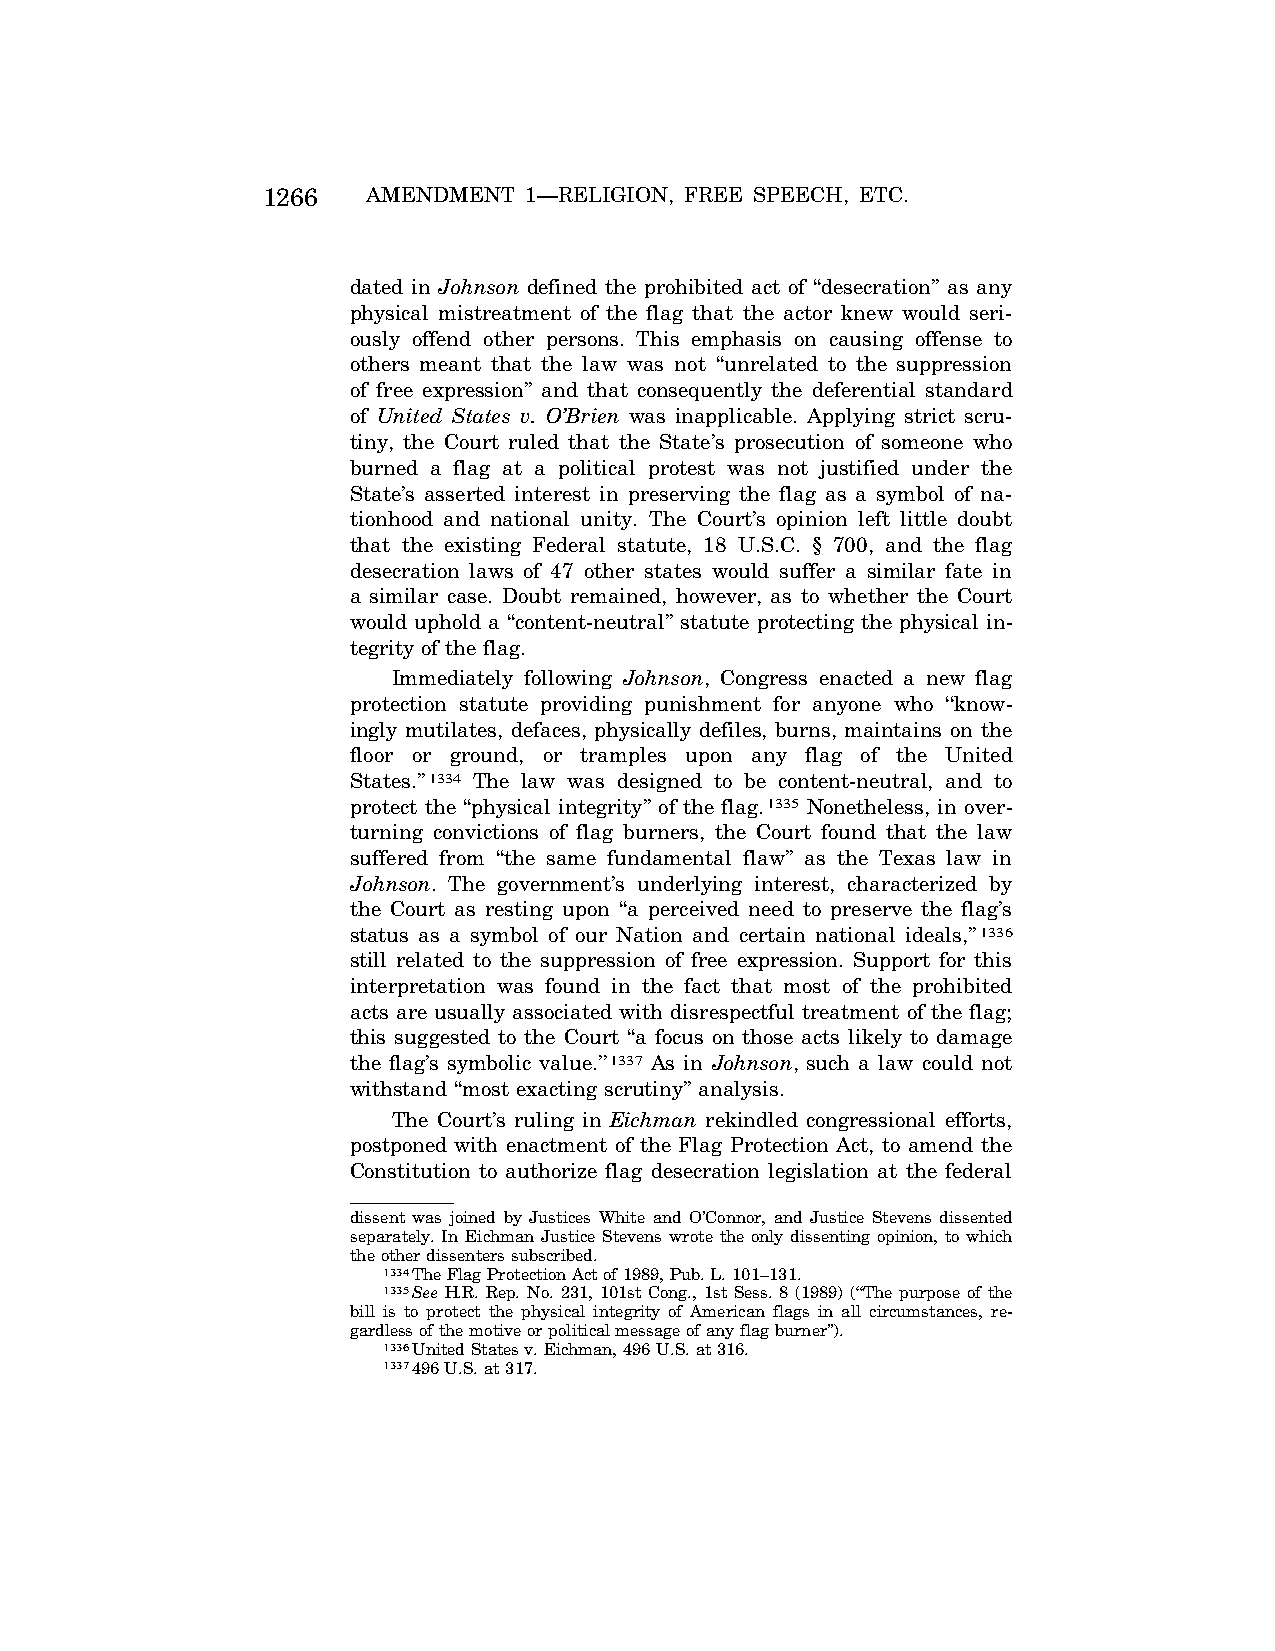
1266   AMENDMENT  1—RELIGION, FREE SPEECH, ETC.
 dated in Johnson defined the prohibited act of ‘‘desecration’’ as any
 physical mistreatment of the flag that the actor knew would seri-
 ously offend other persons. This emphasis on causing offense to
 others meant that the law was not ‘‘unrelated to the suppression
 of free expression’’ and that consequently the deferential standard
 of United States v. O’Brien was inapplicable. Applying strict scru-
 tiny, the Court ruled that the State’s prosecution of someone who
 burned a flag at a political protest was not justified under the
 State’s asserted interest in preserving the flag as a symbol of na-
 tionhood and national unity. The Court’s opinion left little doubt
 that the existing Federal statute, 18 U.S.C. § 700, and the flag
 desecration laws of 47 other states would suffer a similar fate in
 a similar case. Doubt remained, however, as to whether the Court
 would uphold a ‘‘content-neutral’’ statute protecting the physical in-
 tegrity of the flag.
 Immediately following Johnson, Congress enacted a new flag
 protection statute providing punishment for anyone who ‘‘know-
 ingly mutilates, defaces, physically defiles, burns, maintains on the
 floor or ground, or tramples upon any flag of the United
 States.’’1334 The law was designed to be content-neutral, and to
 protect the ‘‘physical integrity’’ of the flag.1335 Nonetheless, in over-
 turning convictions of flag burners, the Court found that the law
 suffered from ‘‘the same fundamental flaw’’ as the Texas law in
 Johnson. The government’s underlying interest, characterized by
 the Court as resting upon ‘‘a perceived need to preserve the flag’s
 status as a symbol of our Nation and certain national ideals,’’1336
 still related to the suppression of free expression. Support for this
 interpretation was found in the fact that most of the prohibited
 acts are usually associated with disrespectful treatment of the flag;
 this suggested to the Court ‘‘a focus on those acts likely to damage
 the flag’s symbolic value.’’1337 As in Johnson, such a law could not
 withstand ‘‘most exacting scrutiny’’ analysis.
 The Court’s ruling in Eichman rekindled congressional efforts,
 postponed with enactment of the Flag Protection Act, to amend the
 Constitution to authorize flag desecration legislation at the federal
 dissent was joined by Justices White and O’Connor, and Justice Stevens dissented
 separately. In Eichman Justice Stevens wrote the only dissenting opinion, to which
 the other dissenters subscribed.
 1334The Flag Protection Act of 1989, Pub. L. 101–131.
 1335See H.R. Rep. No. 231, 101st Cong., 1st Sess. 8 (1989) (‘‘The purpose of the
 bill is to protect the physical integrity of American flags in all circumstances, re-
 gardless of the motive or political message of any flag burner’’).
 1336United States v. Eichman, 496 U.S. at 316.
 1337496 U.S. at 317.
 VerDate Apr<15>2004 08:57 Jun 25, 2004 Jkt 077500 PO 00000 Frm 00254 Fmt 8222 Sfmt 8222 C:\CONAN\CON024.SGM PRFM99 PsN: CON024